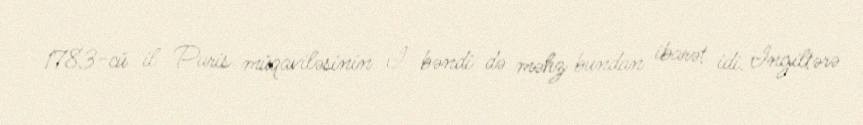
1783-cü il Paris müqaviləsinin I bəndi də məhz bundan ibarət idi. Ingiltərə